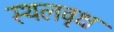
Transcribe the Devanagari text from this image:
स्थलवृक्ष